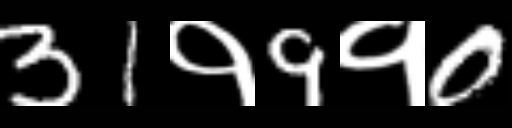
Text: 31१9१0